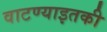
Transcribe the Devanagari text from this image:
वाटण्याइतकी